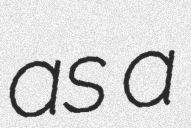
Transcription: as a